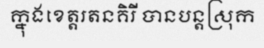
ក្នុងខេត្តរតនគិរី បានបន្តស្រុក